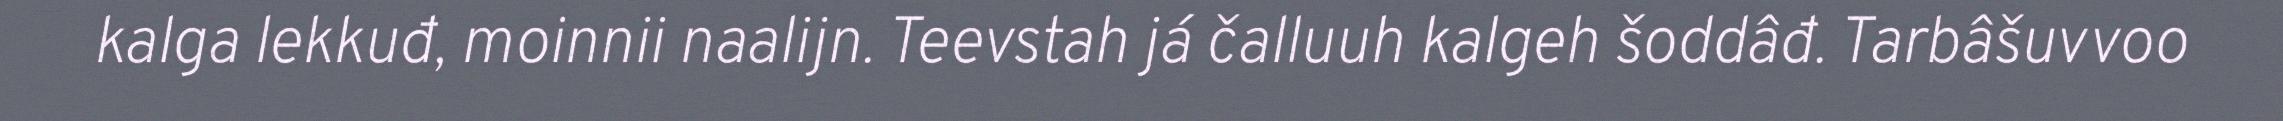
kalga lekkuđ, moinnii naalijn. Teevstah já čalluuh kalgeh šoddâđ. Tarbâšuvvoo